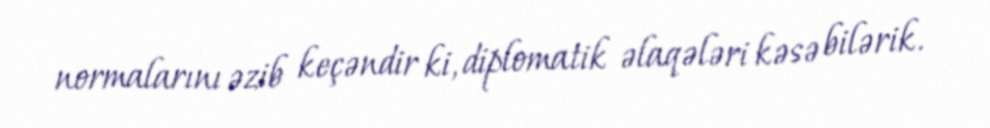
normalarını əzib keçəndir ki, diplomatik əlaqələri kəsə bilərik.